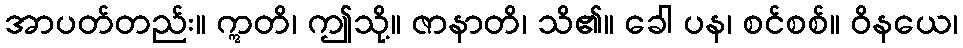
အာပတ်တည်း။ ဣတိ၊ ဤသို့။ ဇာနာတိ၊ သိ၏။ ခေါ ပန၊ စင်စစ်။ ဝိနယေ၊